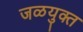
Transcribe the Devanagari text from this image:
जळयुक्त